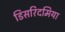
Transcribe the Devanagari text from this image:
डिसरिदमिया